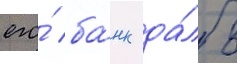
его́ ба́нк да́л в